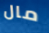
مال